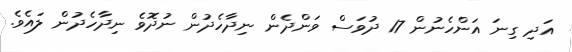
އަދި ގިނަ އަންހެނުން 17 ދުވަސް ވަންދެން ނިދާހެދުން ނުދޮވެ ނިދާހެދުން ލައެވެ.